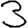
Digit: 3